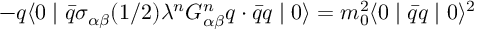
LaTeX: - q \langle 0 \mid \bar { q } \sigma _ { \alpha \beta } ( 1 / 2 ) \lambda ^ { n } G _ { \alpha \beta } ^ { n } q \cdot \bar { q } q \mid 0 \rangle = m _ { 0 } ^ { 2 } \langle 0 \mid \bar { q } q \mid 0 \rangle ^ { 2 }